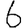
Digit: 6